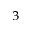
^ 3